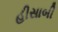
હીસાબી